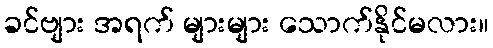
ခင်ဗျား အရက် များများ သောက်နိုင်မလား။